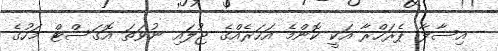
އިސާލާ ޕެރަހްރާ އަކީ ކޮންމެ އަހަރެއްގެ ޖުލައި ނުވަތަ އޮގަސްޓް މަހުގެ